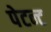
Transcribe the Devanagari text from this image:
पेटन्ट